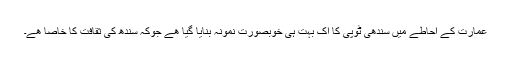
عمارت کے احاطے میں سندھی ٹوپی کا اک بہت ہی خوبصورت نمونہ بنایا گیا ھے جوکہ سندھ کی ثقافت کا خاصا ھے۔